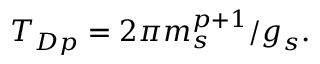
T _ { D p } = 2 \pi { m _ { s } ^ { p + 1 } } / { g _ { s } } .